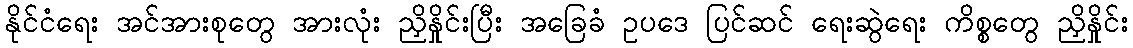
နိုင်ငံရေး အင်အားစုတွေ အားလုံး ညှိနှိုင်းပြီး အခြေခံ ဥပဒေ ပြင်ဆင် ရေးဆွဲရေး ကိစ္စတွေ ညှိနှိုင်း